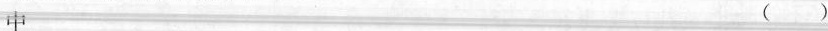
中 （）